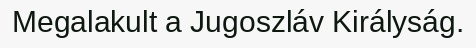
Megalakult a Jugoszláv Királyság.